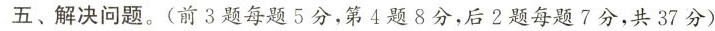
五、解决问题。(前3题每题5分，第4题8分，后2题每题7分，共37分)